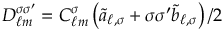
D _ { \ell m } ^ { \sigma \sigma ^ { \prime } } = C _ { \ell m } ^ { \sigma } \left( \tilde { a } _ { \ell , \sigma } + \sigma \sigma ^ { \prime } \tilde { b } _ { \ell , \sigma } \right) / { 2 }